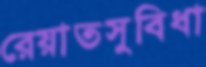
রেয়াতসুবিধা